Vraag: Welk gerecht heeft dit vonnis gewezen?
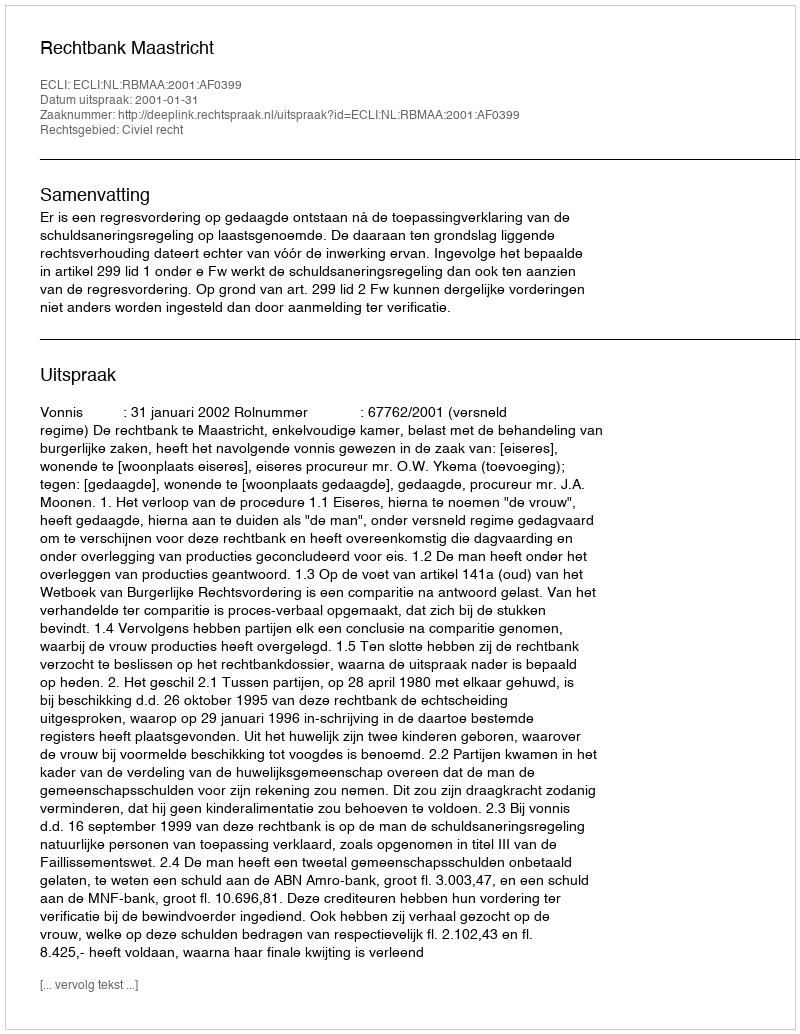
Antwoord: Rechtbank Maastricht